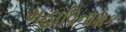
મહાવિનાશક